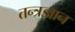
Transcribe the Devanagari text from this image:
तन्त्रज्ञान